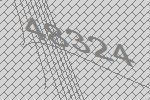
48324